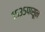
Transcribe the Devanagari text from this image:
१५३५पासून